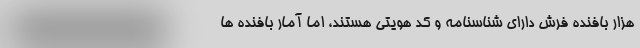
هزار بافنده فرش دارای شناسنامه و کد هویتی هستند، اما آمار بافنده ها